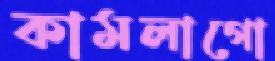
কামলাগো